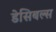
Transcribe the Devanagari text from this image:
डेसिबल्स